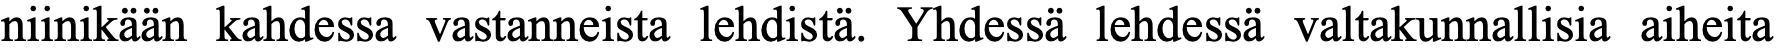
niinikään kahdessa vastanneista lehdistä. Yhdessä lehdessä valtakunnallisia aiheita